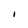
Character: I